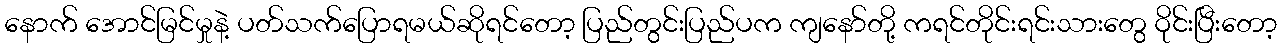
နောက် အောင်မြင်မှုနဲ့ ပတ်သက်ပြောရမယ်ဆိုရင်တော့ ပြည်တွင်းပြည်ပက ကျနော်တို့ ကရင်တိုင်းရင်းသားတွေ ဝိုင်းပြီးတော့